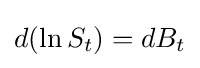
d(\ln S_{t})=dB_{t}